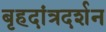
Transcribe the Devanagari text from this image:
बृहदांत्रदर्शन